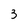
Character: 3